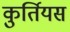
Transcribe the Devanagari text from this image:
कुर्तियस